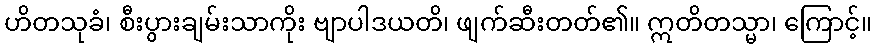
ဟိတသုခံ၊ စီးပွားချမ်းသာကိုး ဗျာပါဒယတိ၊ ဖျက်ဆီးတတ်၏။ ဣတိတသ္မာ၊ ကြောင့်။